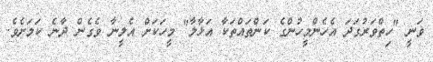
ވަނީ "ހިތްވަރުގަދަ އެހެންމީހުންގެ ކަންތައްތަކާ އަޅާލާ" މީހަކަށް އެލީނާ ވެގެން ދާނެ ކަމަށެވެ.